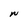
Character: W